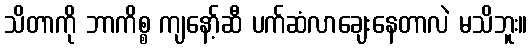
သိတာကို ဘာကိစ္စ ကျနော့်ဆီ ပက်ဆံလာချေးနေတာလဲ မသိဘူး။